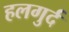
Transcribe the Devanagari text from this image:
हलगुर्द